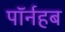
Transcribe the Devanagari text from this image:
पॉर्नहब